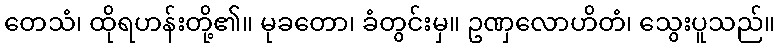
တေသံ၊ ထိုရဟန်းတို့၏။ မုခတော၊ ခံတွင်းမှ။ ဥဏှလောဟိတံ၊ သွေးပူသည်။